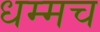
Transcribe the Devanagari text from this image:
धम्मच